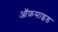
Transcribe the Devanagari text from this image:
ऑफ़साइड